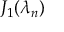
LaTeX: J _ { 1 } ( \lambda _ { n } )